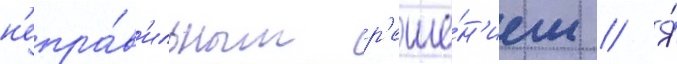
н'епра́в'ильным р'еше́н'ием // Я́